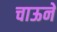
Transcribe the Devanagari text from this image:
चाऊने